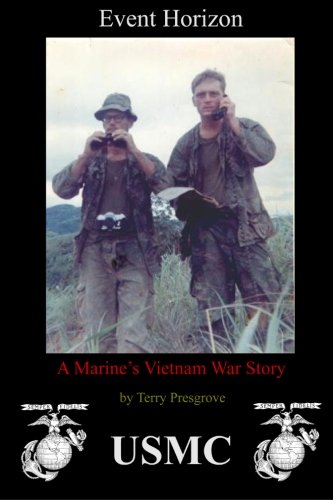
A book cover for Event Horizon: A Marine's Vietnam War Story; Terry Presgrove; History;